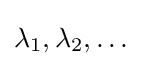
\lambda _{1},\lambda _{2},\ldots